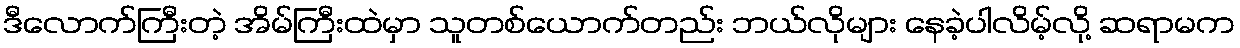
ဒီလောက်ကြီးတဲ့ အိမ်ကြီးထဲမှာ သူတစ်ယောက်တည်း ဘယ်လိုများ နေခဲ့ပါလိမ့်လို့ ဆရာမက